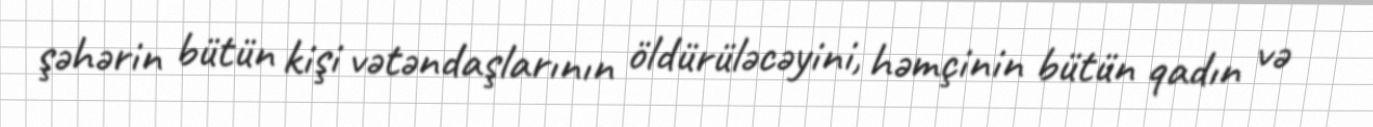
şəhərin bütün kişi vətəndaşlarının öldürüləcəyini, həmçinin bütün qadın və